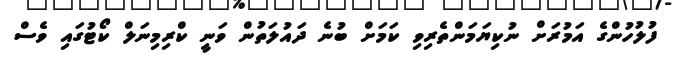
ފުލުހުންގެ އަމުރަށް ނުކިޔަމަންތެރިވި ކަމަށް ބުނެ ދައުލަތުން ވަނީ ކްރިމިނަލް ކޯޓުގައި ވެސް